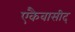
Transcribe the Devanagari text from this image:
एकैवासीद्